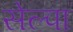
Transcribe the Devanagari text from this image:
सेल्पा